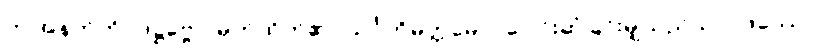
ဤအနက်ကို။ ဒဋ္ဌဗ္ဗော၊ မှတ်ထိုက်၏။ သင်္ဂတိမတ္တမေဝ၊ ပေါင်းဆုံခြင်းမျှသည်သာ။ ဖဿော၊